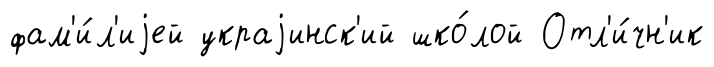
фам'и́л'иjей украjинск'ий шко́лой Отл'и́чн'ик